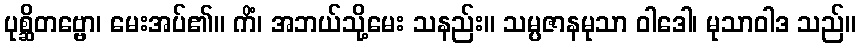
ပုစ္ဆိတဗ္ဗော၊ မေးအပ်၏။ ကိံ၊ အဘယ်သို့မေး သနည်း။ သမ္ပဇာနမုသာ ဝါဒေါ၊ မုသာဝါဒ သည်။